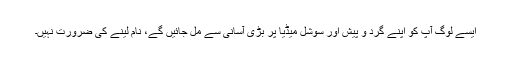
ایسے لوگ آپ کو اپنے گرد و پیش اور سوشل میڈیا پر بڑی آسانی سے مل جائیں گے، نام لینے کی ضرورت نہیں۔